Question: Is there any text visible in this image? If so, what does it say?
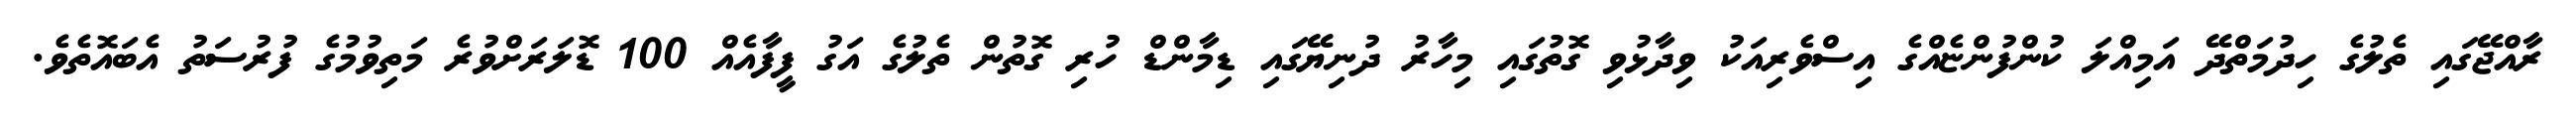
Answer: ރާއްޖޭގައި ތެލުގެ ހިދުމަތްދޭ އަމިއްލަ ކުންފުންޏެއްގެ އިސްވެރިއަކު ވިދާޅުވި ގޮތުގައި މިހާރު ދުނިޔޭގައި ޑިމާންޑް ހުރި ގޮތުން ތެލުގެ އަގު ފީފާއެއް 100 ޑޮލަރަށްވުރެ މަތިވުމުގެ ފުރުސަތު އެބައޮތެވެ.